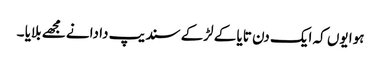
ہوا یوں کہ ایک دن تایا کے لڑکے سندیپ دا دانے مجھے بلایا ۔